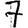
Digit: 7